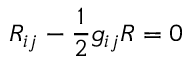
R _ { i j } - { \frac { 1 } { 2 } } g _ { i j } R = 0